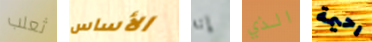
ثعلب الأساس إنه الذي رحيمة